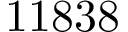
1 1 8 3 8